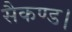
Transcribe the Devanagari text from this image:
सैकण्ड।